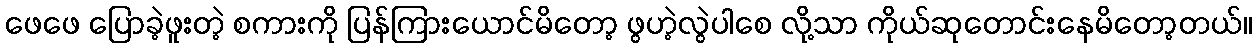
ဖေဖေ ပြောခဲ့ဖူးတဲ့ စကားကို ပြန်ကြားယောင်မိတော့ ဖွဟဲ့လွဲပါစေ လို့သာ ကိုယ်ဆုတောင်းနေမိတော့တယ်။